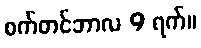
စက်တင်ဘာလ 9 ရက်။